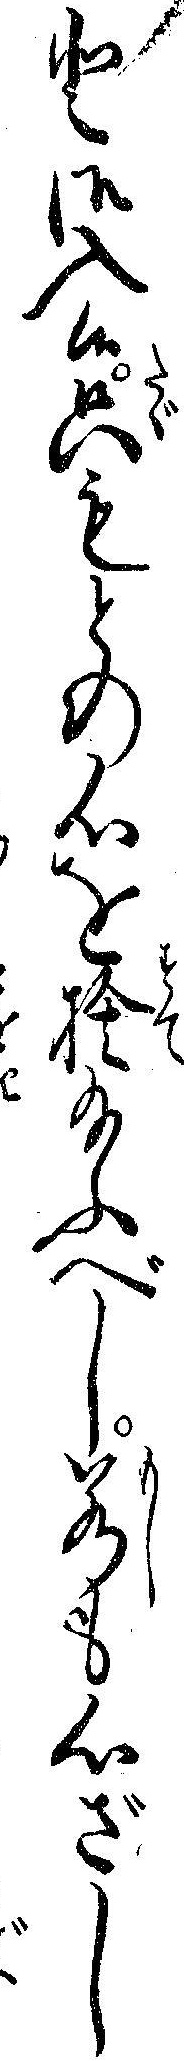
と御入候只もとの心を捨給ふべし若も心ざし